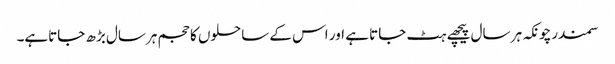
سمندرچونکہ ہر سال پیچھے ہٹ جاتا ہے اور اس کے ساحلوں کا حجم ہرسال بڑھ جاتاہے۔